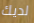
لديك